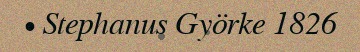
• Stephanus Györke 1826